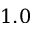
1 . 0